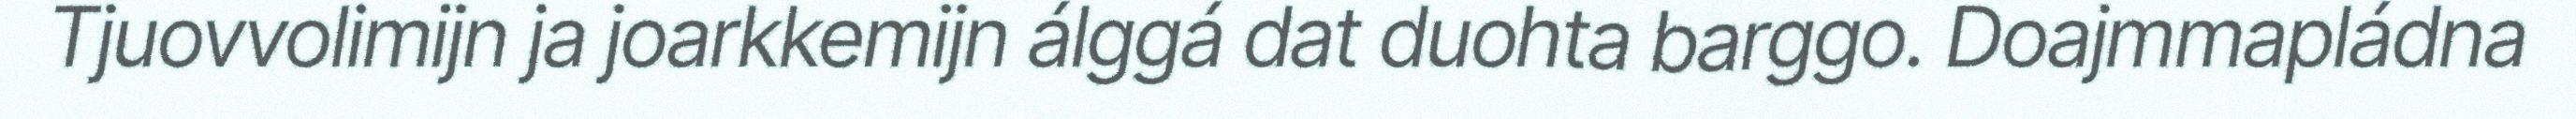
Tjuovvolimijn ja joarkkemijn álggá dat duohta barggo. Doajmmapládna